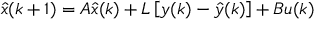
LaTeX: { \hat { x } } ( k + 1 ) = A { \hat { x } } ( k ) + L \left[ y ( k ) - { \hat { y } } ( k ) \right] + B u ( k )